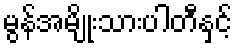
မွန်အမျိုးသားပါတီနှင့်